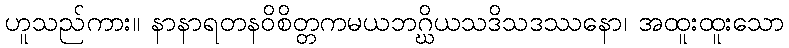
ဟူသည်ကား။ နာနာရတနဝိစိတ္တကမယဘဂ္ဃိယသဒိသဒဿနော၊ အထူးထူးသော